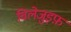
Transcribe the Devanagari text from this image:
विलेजुइफ़